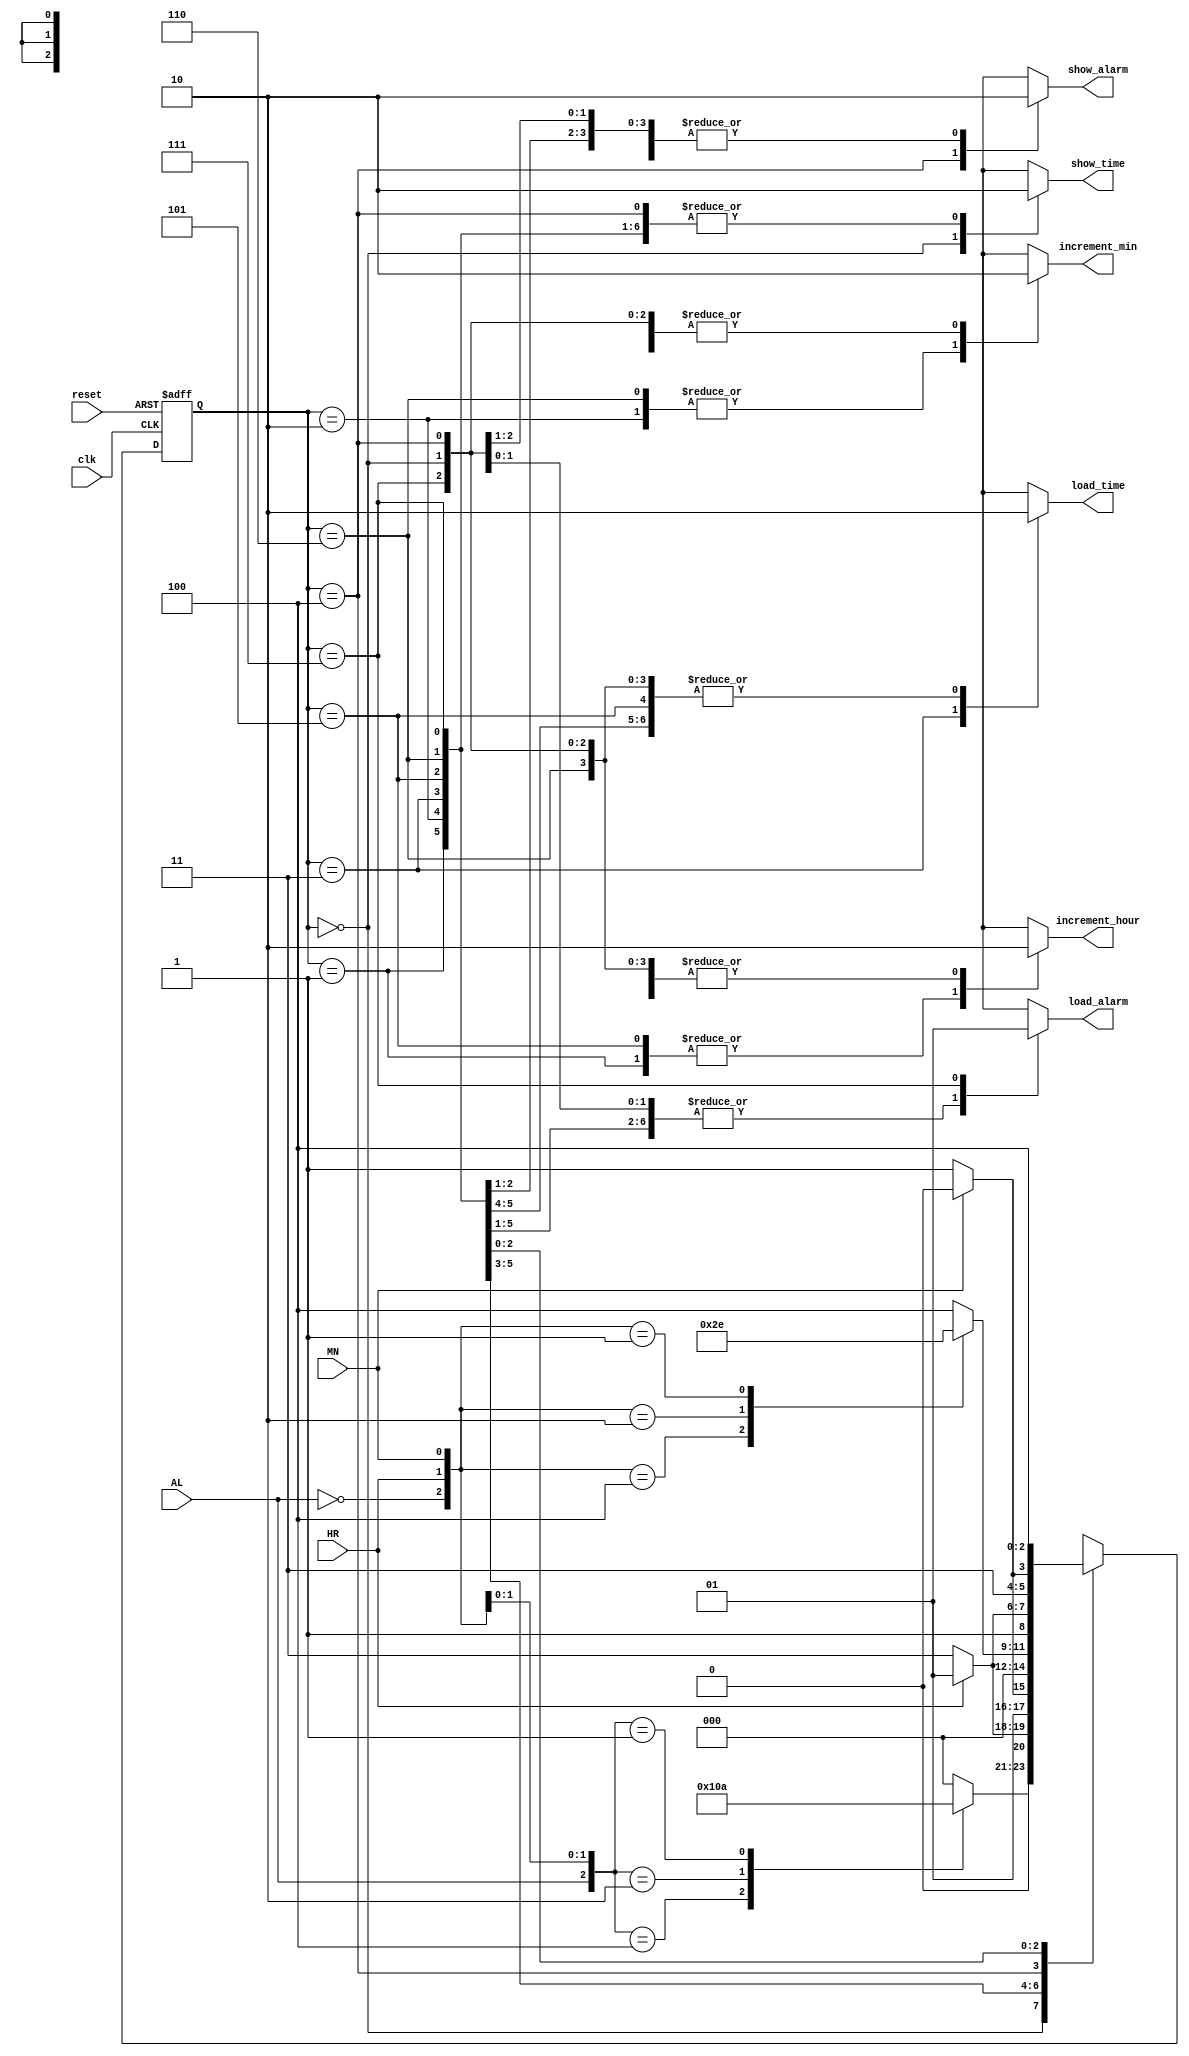
`timescale 1ns / 1ps
module controller_fsm(
	input clk, reset, AL, HR, MN,	//AL = alarm_button_debounced, HR = hour_button_debounced, MN = minute_button_debunced
	output reg show_time, load_time, show_alarm, load_alarm, increment_hour, increment_min
	);
	
	reg [2:0] state;
	reg [2:0] next_state;
	
	parameter SHOW_TIME = 3'd0, INC_TI_HR = 3'd1, INC_TI_MN = 3'd2, SET_TIME = 3'd3,
				 SHOW_ALARM = 3'd4, INC_AL_HR = 3'd5, INC_AL_MN = 3'd6, SET_ALARM = 3'd7;
				
	always@(state, AL, HR, MN)
		case (state)
				SHOW_TIME : begin 
										case({AL,HR,MN})
											3'b100 : next_state = SHOW_ALARM;
											3'b010 : next_state = INC_TI_HR;
											3'b001 : next_state = INC_TI_MN;
											default :next_state = SHOW_TIME;
										endcase
										show_time = 1; load_time = 0; show_alarm = 0; load_alarm = 0; increment_hour = 0; increment_min = 0;
								end
				
				INC_TI_HR : begin 
										next_state = HR ? INC_TI_HR : SET_TIME;
										show_time = 0; load_time = 0; show_alarm = 0; load_alarm = 0; increment_hour = 1; increment_min = 0;
								end
								
				INC_TI_MN :	begin 
										next_state = MN ? INC_TI_MN : SET_TIME;
										show_time = 0; load_time = 0; show_alarm = 0; load_alarm = 0; increment_hour = 0; increment_min = 1;
								end
								
				SET_TIME : begin 
										next_state = SHOW_TIME;
										show_time = 0; load_time = 1; show_alarm = 0; load_alarm = 0; increment_hour = 0; increment_min = 0;
							  end
				
				SHOW_ALARM : begin 
										case({~AL,HR,MN})
											3'B100 : next_state = SHOW_TIME;
											3'B010 : next_state = INC_AL_HR;
											3'B001 : next_state = INC_AL_MN;
											default : next_state = SHOW_ALARM;
										endcase
									
										show_time = 0; load_time = 0; show_alarm = 1; load_alarm = 0; increment_hour = 0; increment_min = 0;
								end
								
				INC_AL_HR : begin 
										next_state = HR ? INC_AL_HR : SET_ALARM;
										show_time = 0; load_time = 0; show_alarm = 0; load_alarm = 0; increment_hour = 1; increment_min = 0;
								end
								
				INC_AL_MN : begin 
										next_state = MN ? INC_AL_MN : SET_ALARM;
										show_time = 0; load_time = 0; show_alarm = 0; load_alarm = 0; increment_hour = 0; increment_min = 1;
								end
								
				SET_ALARM : begin 
										next_state = SHOW_ALARM;
										show_time = 0; load_time = 0; show_alarm = 0; load_alarm = 1; increment_hour = 0; increment_min = 0;
								end
								
				default : begin 
										next_state = SHOW_TIME;
										show_time = 0; load_time = 0; show_alarm = 0; load_alarm = 0; increment_hour = 0; increment_min = 0;
							 end
		endcase
		
	always@(posedge clk, negedge reset)
		if(!reset)
			state <= SHOW_TIME;
		else
			state <= next_state;

endmodule